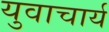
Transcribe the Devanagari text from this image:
युवाचार्य